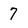
Character: 7